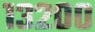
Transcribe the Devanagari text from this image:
१३२००